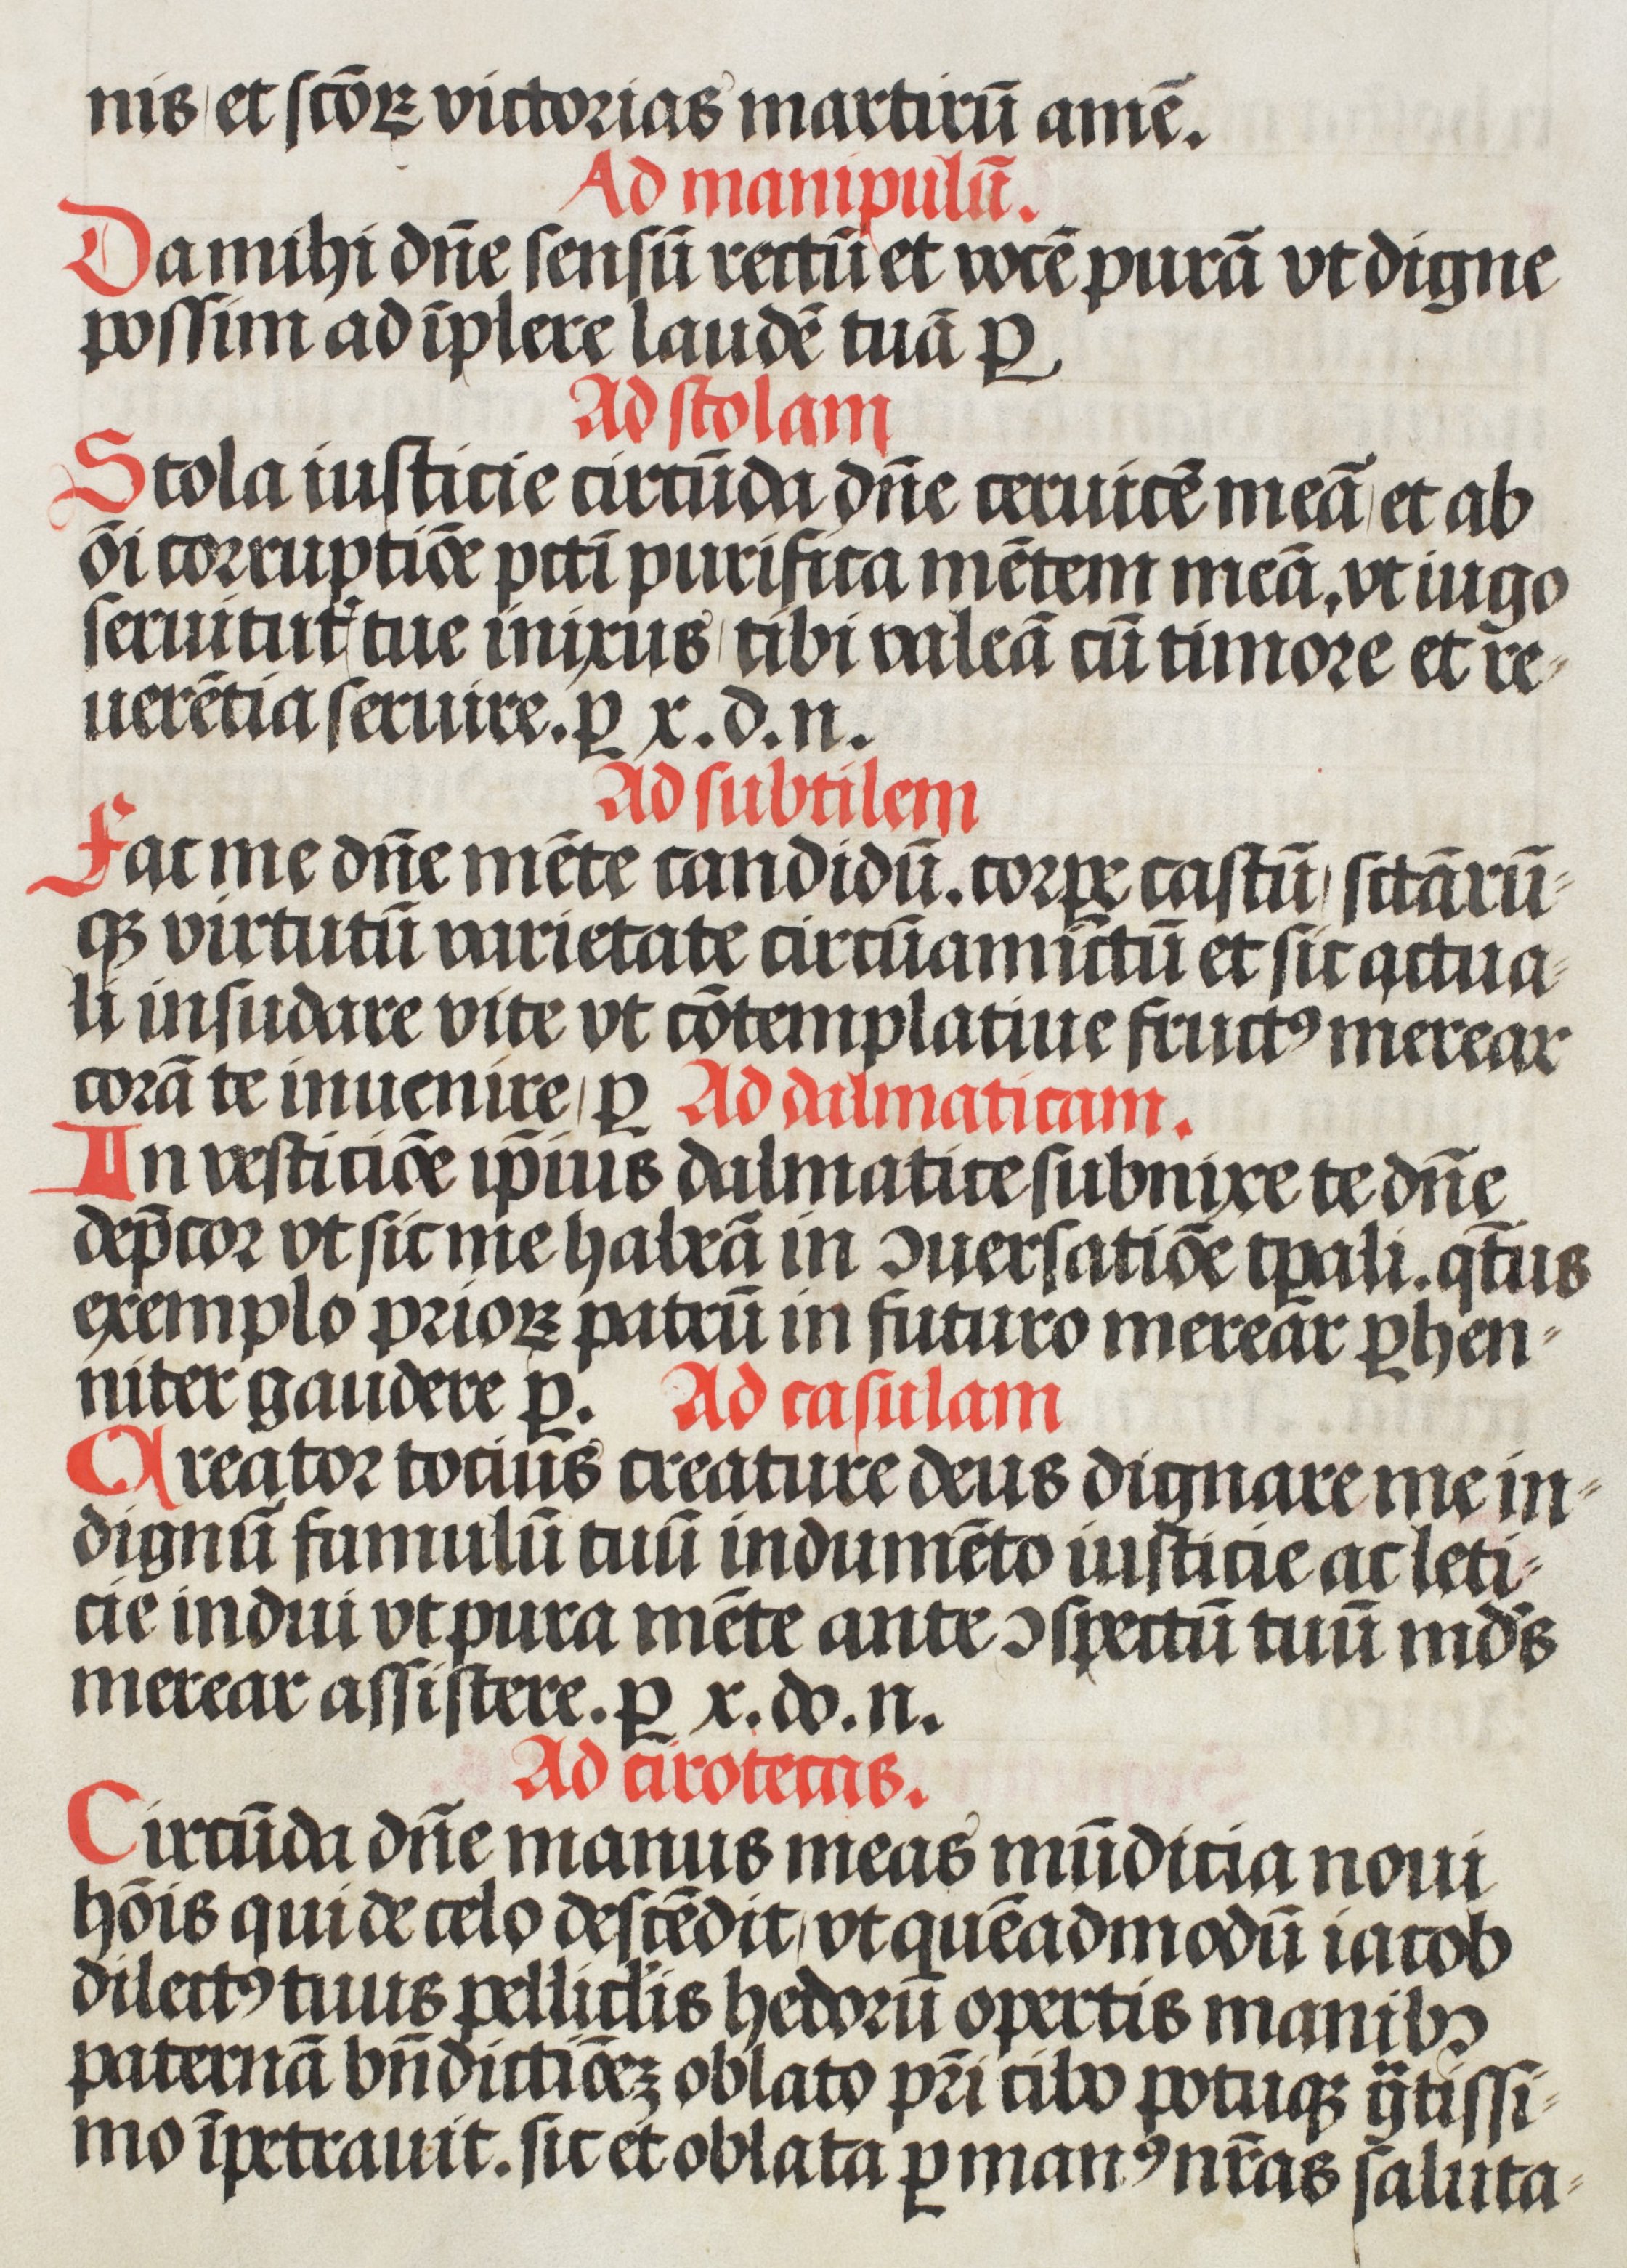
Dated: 1508–1508